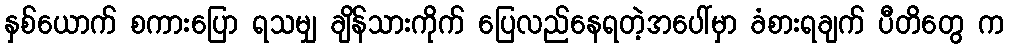
နှစ်ယောက် စကားပြော ရသမျှ ချိန်သားကိုက် ပြေလည်နေရတဲ့အပေါ်မှာ ခံစားရချက် ပီတိတွေ က